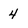
Character: 4